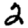
Digit: 2